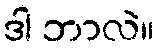
ဒါ ဘာလဲ။